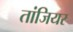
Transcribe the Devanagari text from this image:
तांजियर